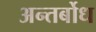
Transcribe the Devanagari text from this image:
अन्तर्बोध